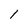
Character: 1